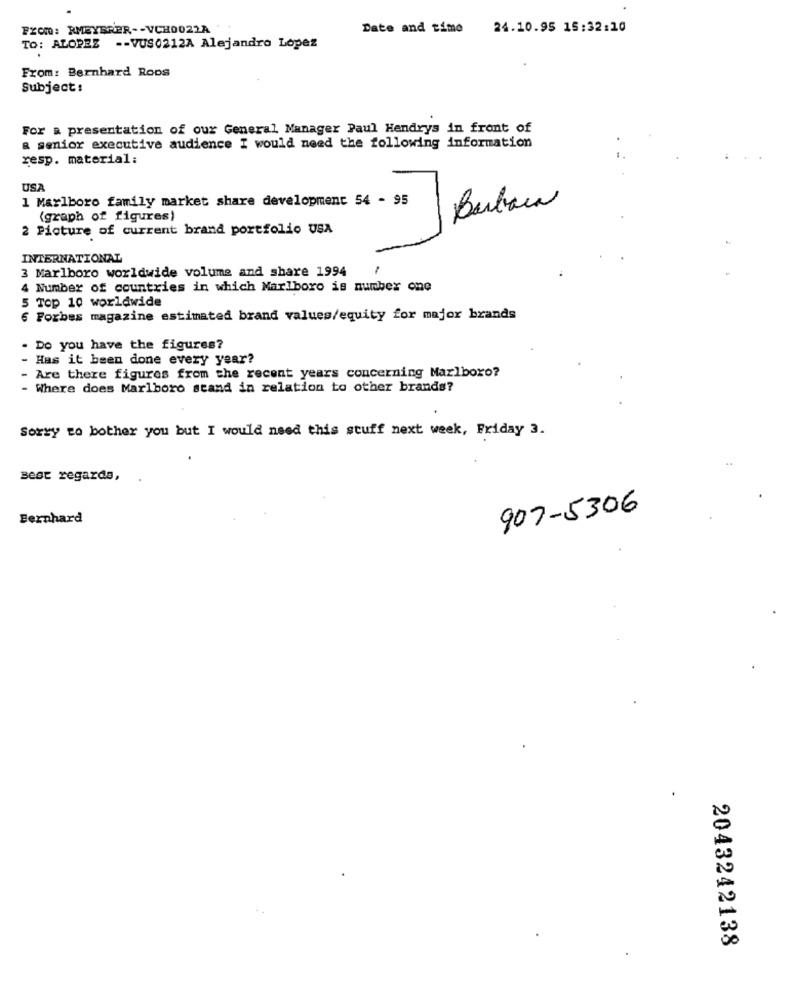
From: RMEYBRER -- VCH0022A
Date and time 24.10.95 15:32:10
To: ALOPEZ -- VUS0212A Alejandro Lopez
From: Bernhard Roos
Subject:
For a presentation of our General Manager Paul Hendrys in front of
& senior executive audience I would need the following information
resp. material:
USA
1 Marlboro family market share development 54 - 95
Barbara
(graph of figures)
2 Picture of current brand portfolio USA
INTERNATIONAL
3 Marlboro worldwide volume and share 1994
4 Number of countries in which Marlboro is number one
5 Top 10 worldwide
6 Forbes magazine estimated brand values/equity for major brands
. Do you have the figures?
Has it been done every year?
Are there figures from the recent years concerning Marlboro?
- Where does Marlboro stand in relation to other brands?
Sorry to bother you but I would need this stuff next week, Friday 3.
Best regards,
907-5306
Bernhard
2043242138